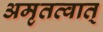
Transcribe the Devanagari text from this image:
अमृतत्वात्